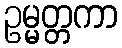
ဥမ္မတ္တကာ